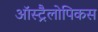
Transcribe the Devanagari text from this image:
ऑस्ट्रैलोपिकस